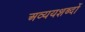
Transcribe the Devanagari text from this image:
अव्ययशब्दों